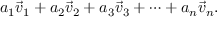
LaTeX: a _ { 1 } { \vec { v } } _ { 1 } + a _ { 2 } { \vec { v } } _ { 2 } + a _ { 3 } { \vec { v } } _ { 3 } + \cdots + a _ { n } { \vec { v } } _ { n } .